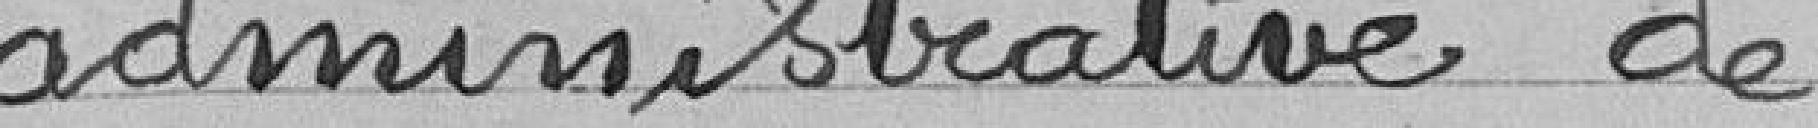
administrative de